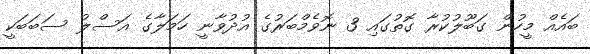
ބައެއް މީހުން ގަބޫލުކުރާ ގޮތުގައި 3 ނޮވެމްބަރުގެ އުދުވާނީ ހަމަލާގެ އަސްލު ސަބަބަކީ